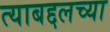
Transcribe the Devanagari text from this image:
त्याबद्दलच्या